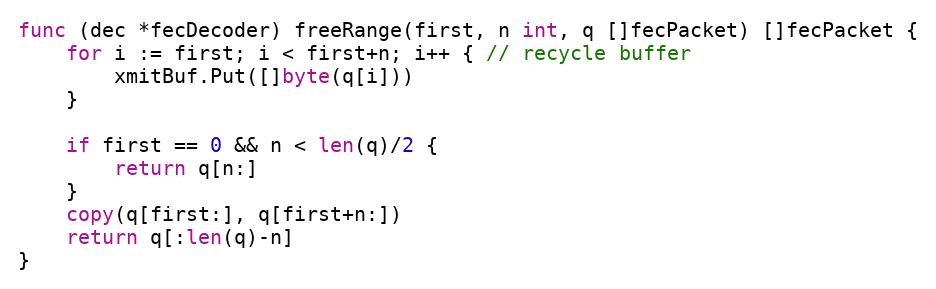
Language: Go
func (dec *fecDecoder) freeRange(first, n int, q []fecPacket) []fecPacket {
	for i := first; i < first+n; i++ { // recycle buffer
		xmitBuf.Put([]byte(q[i]))
	}

	if first == 0 && n < len(q)/2 {
		return q[n:]
	}
	copy(q[first:], q[first+n:])
	return q[:len(q)-n]
}